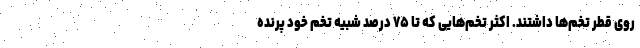
روی قطر تخم‌ها داشتند. اکثر تخم‌هایی که تا ۷۵ درصد شبیه تخم خود پرنده